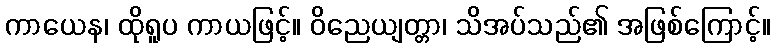
ကာယေန၊ ထိုရူပ ကာယဖြင့်။ ဝိညေယျတ္တာ၊ သိအပ်သည်၏ အဖြစ်ကြောင့်။